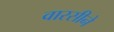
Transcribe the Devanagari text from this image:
वारसीने